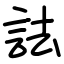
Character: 詓